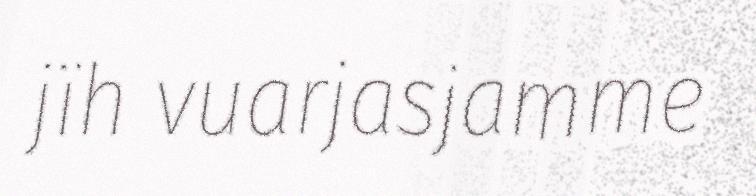
jïh vuarjasjamme